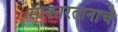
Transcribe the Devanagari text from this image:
साकारतानाचे